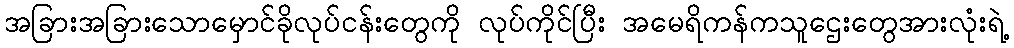
အခြားအခြားသောမှောင်ခိုလုပ်ငန်းတွေကို လုပ်ကိုင်ပြီး အမေရိကန်ကသူဌေးတွေအားလုံးရဲ့